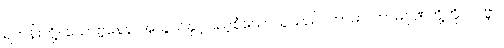
ရဟန်းတို့။ ယောဗ္ဗနေန၊ အယွယ်နှင့်ပြည့်စုံသောသူသည်။ ကာမာ၊ ကာမဂုဏ်တို့ကို။ လဗ္ဘာ၊